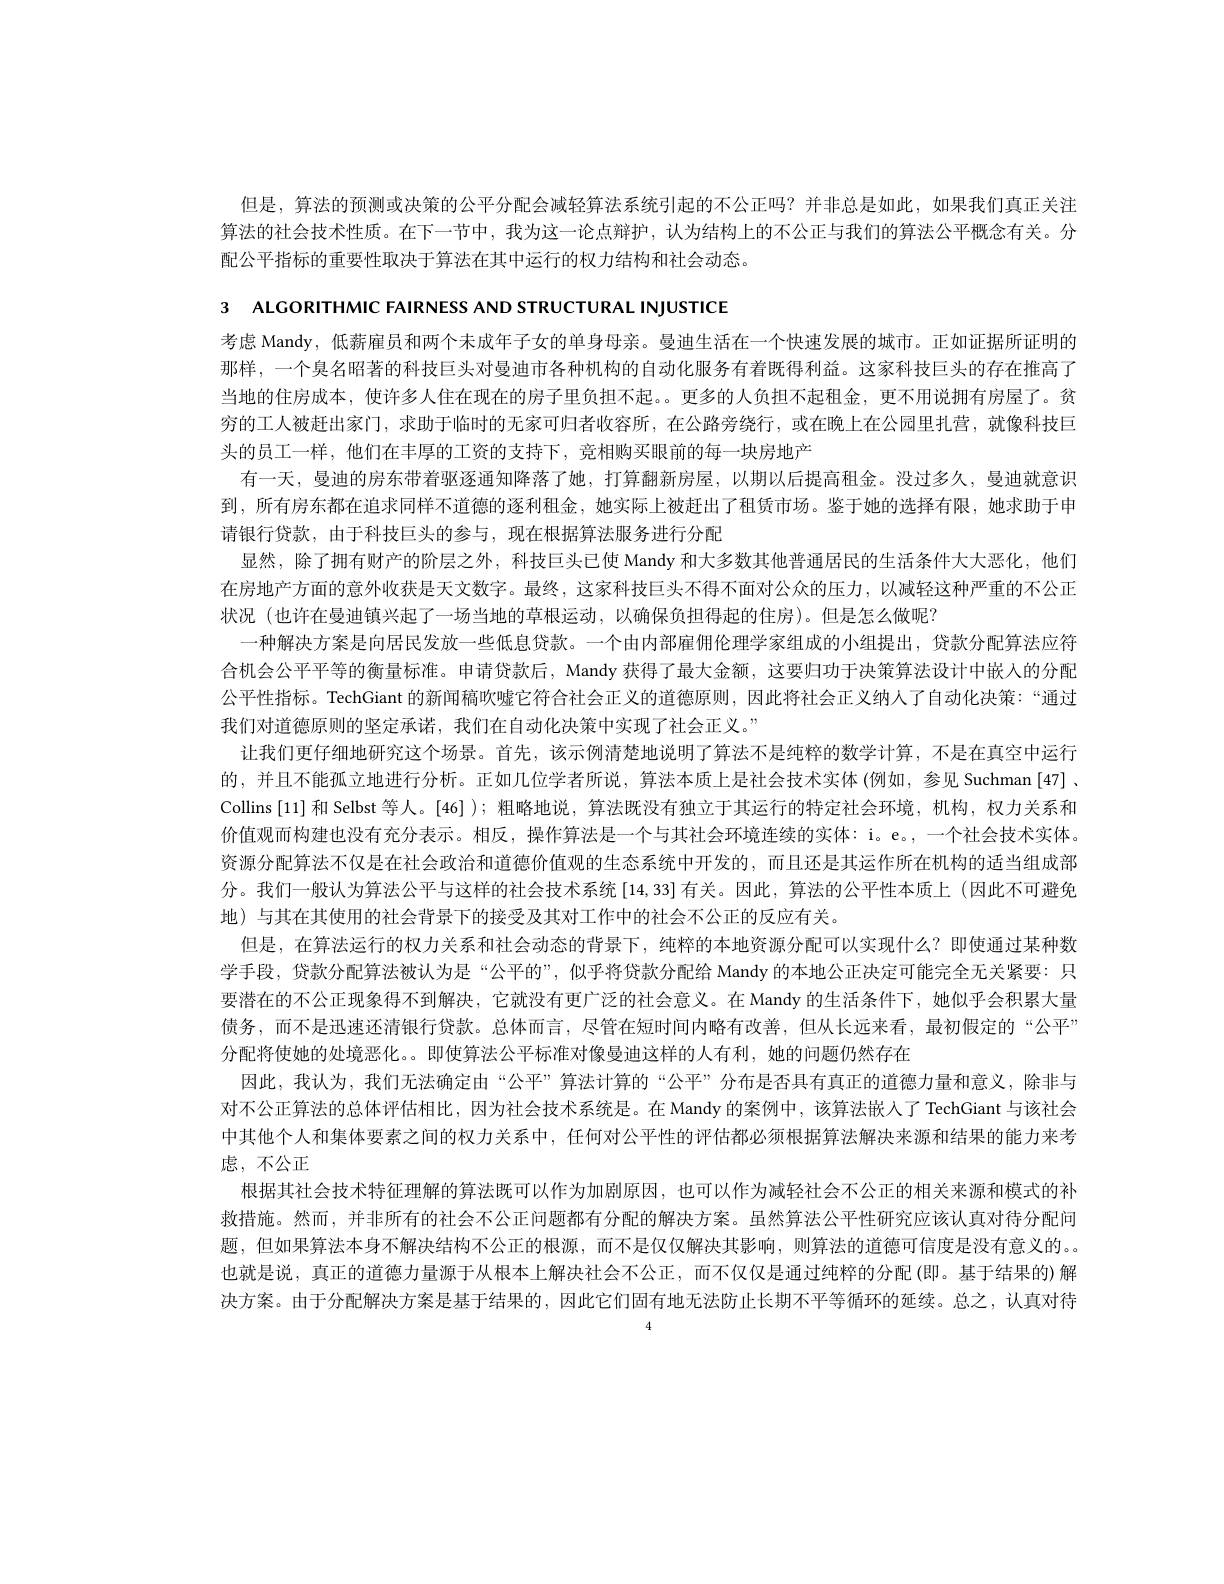
但是，算法的预测或决策的公平分配会减轻算法系统引起的不公正吗？并非总是如此，如果我们真正关注算法的社会技术性质。在下一节中，我为这一论点辩护，认为结构上的不公正与我们的算法公平概念有关。分配公平指标的重要性取决于算法在其中运行的权力结构和社会动态。

3 ALCORITHMIC FAIRNESS AND STRUCTURAL INJUSTICE

考虑 Mandy, 低薪雇员和两个未成年子女的单身母亲。曼迪生活在一个快速发展的城市。正如证据所证明的那样，一个臭名昭著的科技巨头对曼迪市各种机构的自动化服务有着既得利益。这家科技巨头的存在推高了当地的住房成本，使许多人住在现在的房子里负担不起。更多的人负担不起租金，更不用说拥有房屋了。贫穷的工人被赶出家门，求助于临时的无家可归者收容所，在公路旁绕行，或在晚上在公园里扎营，就像科技巨头的员工一样，他们在丰厚的工资的支持下，竞相购买眼前的每一块房地产
有一天，曼迪的房东带着驱逐通知降落了她，打算翻新房屋，以期以后提高租金。没过多久，曼迪就意识到，所有房东都在追求同样不道德的逐利租金，她实际上被赶出了租赁市场。鉴于她的选择有限，她求助于申请银行贷款，由于科技巨头的参与，现在根据算法服务进行分配
显然，除了拥有财产的阶层之外，科技巨头已使 Mandy 和大多数其他普通居民的生活条件大大恶化，他们在房地产方面的意外收获是天文数字。最终，这家科技巨头不得不面对公众的压力，以减轻这种严重的不公正状况 (也许在曼迪镇兴起了一场当地的草根运动，以确保负担得起的住房)。但是怎么做呢？
一种解决方案是向居民发放一些低息贷款。一个由内部雇佣伦理学家组成的小组提出，贷款分配算法应符合机会公平平等的衡量标准。申请贷款后，Mandy 获得了最大金额，这要归功于决策算法设计中嵌人的分配公平性指标。TechGiant 的新闻稿吹嘘它符合社会正义的道德原则，因此将社会正义纳人了自动化决策：“通过我们对道德原则的坚定承诺，我们在自动化决策中实现了社会正义。”
让我们更仔细地研究这个场景。首先，该示例清楚地说明了算法不是纯粹的数学计算，不是在真空中运行的，并且不能孤立地进行分析。正如几位学者所说，算法本质上是社会技术实体(例如，参见 Suchman [47] 、 Collins [11] 和 Selbst 等人。[46] ); 粗略地说，算法既没有独立于其运行的特定社会环境，机构，权力关系和价值观而构建也没有充分表示。相反，操作算法是一个与其社会环境连续的实体：i。e。,一个社会技术实体。资源分配算法不仅是在社会政治和道德价值观的生态系统中开发的，而且还是其运作所在机构的适当组成部分。我们一般认为算法公平与这样的社会技术系统[14,33]有关。因此，算法的公平性本质上 (因此不可避免地)与其在其使用的社会背景下的接受及其对工作中的社会不公正的反应有关。
但是 ,在算法运行的权力关系和社会动态的背景下，纯粹的本地资源分配可以实现什么？即使通过某种数学手段，贷款分配算法被认为是“公平的”,似乎将贷款分配给 Mandy 的本地公正决定可能完全无关紧要：只要潜在的不公正现象得不到解决，它就没有更广泛的社会意义。在 Mandy 的生活条件下，她似乎会积累大量债务，而不是迅速还清银行贷款。总体而言，尽管在短时间内略有改善，但从长远来看，最初假定的“公平” 分配将使她的处境恶化。。即使算法公平标准对像曼迪这样的人有利，她的问题仍然存在
因此，我认为，我们无法确定由“公平”算法计算的“公平”分布是否具有真正的道德力量和意义，除非与对不公正算法的总体评估相比，因为社会技术系统是。在 Mandy 的案例中，该算法嵌人了 TechGiant 与该社会中其他个人和集体要素之间的权力关系中，任何对公平性的评估都必须根据算法解决来源和结果的能力来考虑 , 不公正
根据其社会技术特征理解的算法既可以作为加剧原因，也可以作为减轻社会不公正的相关来源和模式的补救措施。然而，并非所有的社会不公正问题都有分配的解决方案。虽然算法公平性研究应该认真对待分配问题，但如果算法本身不解决结构不公正的根源，而不是仅仅解决其影响，则算法的道德可信度是没有意义的。。也就是说，真正的道德力量源于从根本上解决社会不公正，而不仅仅是通过纯粹的分配(即。基于结果的)解决方案。由于分配解决方案是基于结果的，因此它们固有地无法防止长期不平等循环的延续。总之，认真对待